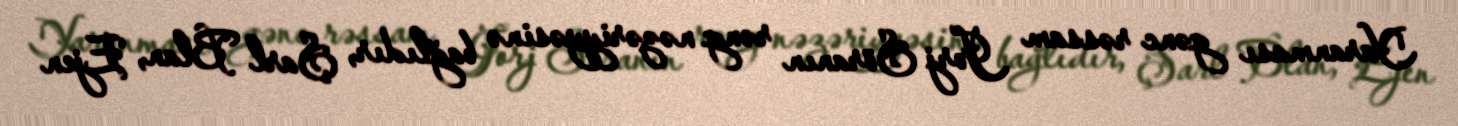
Yaranması gənc rəssam Jorj Söranın rəng nəzəriyyəsinə bağlıdır, Şarl Blan, Ejen